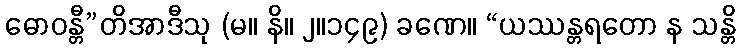
ဓောဝန္တီ”တိအာဒီသု (မ။ နိ။ ၂။၁၄၉) ခဏေ။ “ယဿန္တရတော န သန္တိ